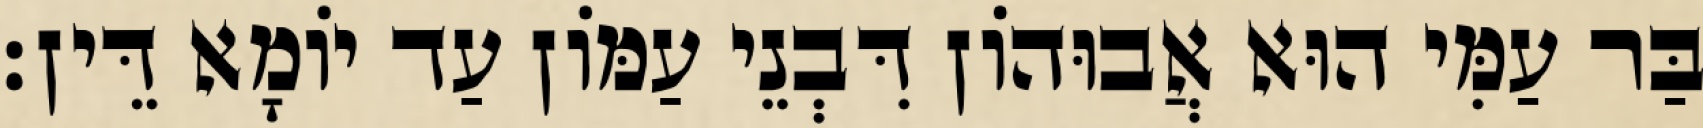
בַּר עַמִּי הוּא אֲבוּהוֹן דִּבְנֵי עַמּוֹן עַד יוֹמָא דֵּין׃